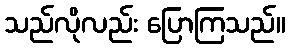
သည်လိုလည်း ပြောကြသည်။